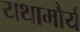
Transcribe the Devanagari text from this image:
यथामौर्य